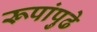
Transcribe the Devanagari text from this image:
रूपांपुढे